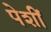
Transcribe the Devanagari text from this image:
पेशीं